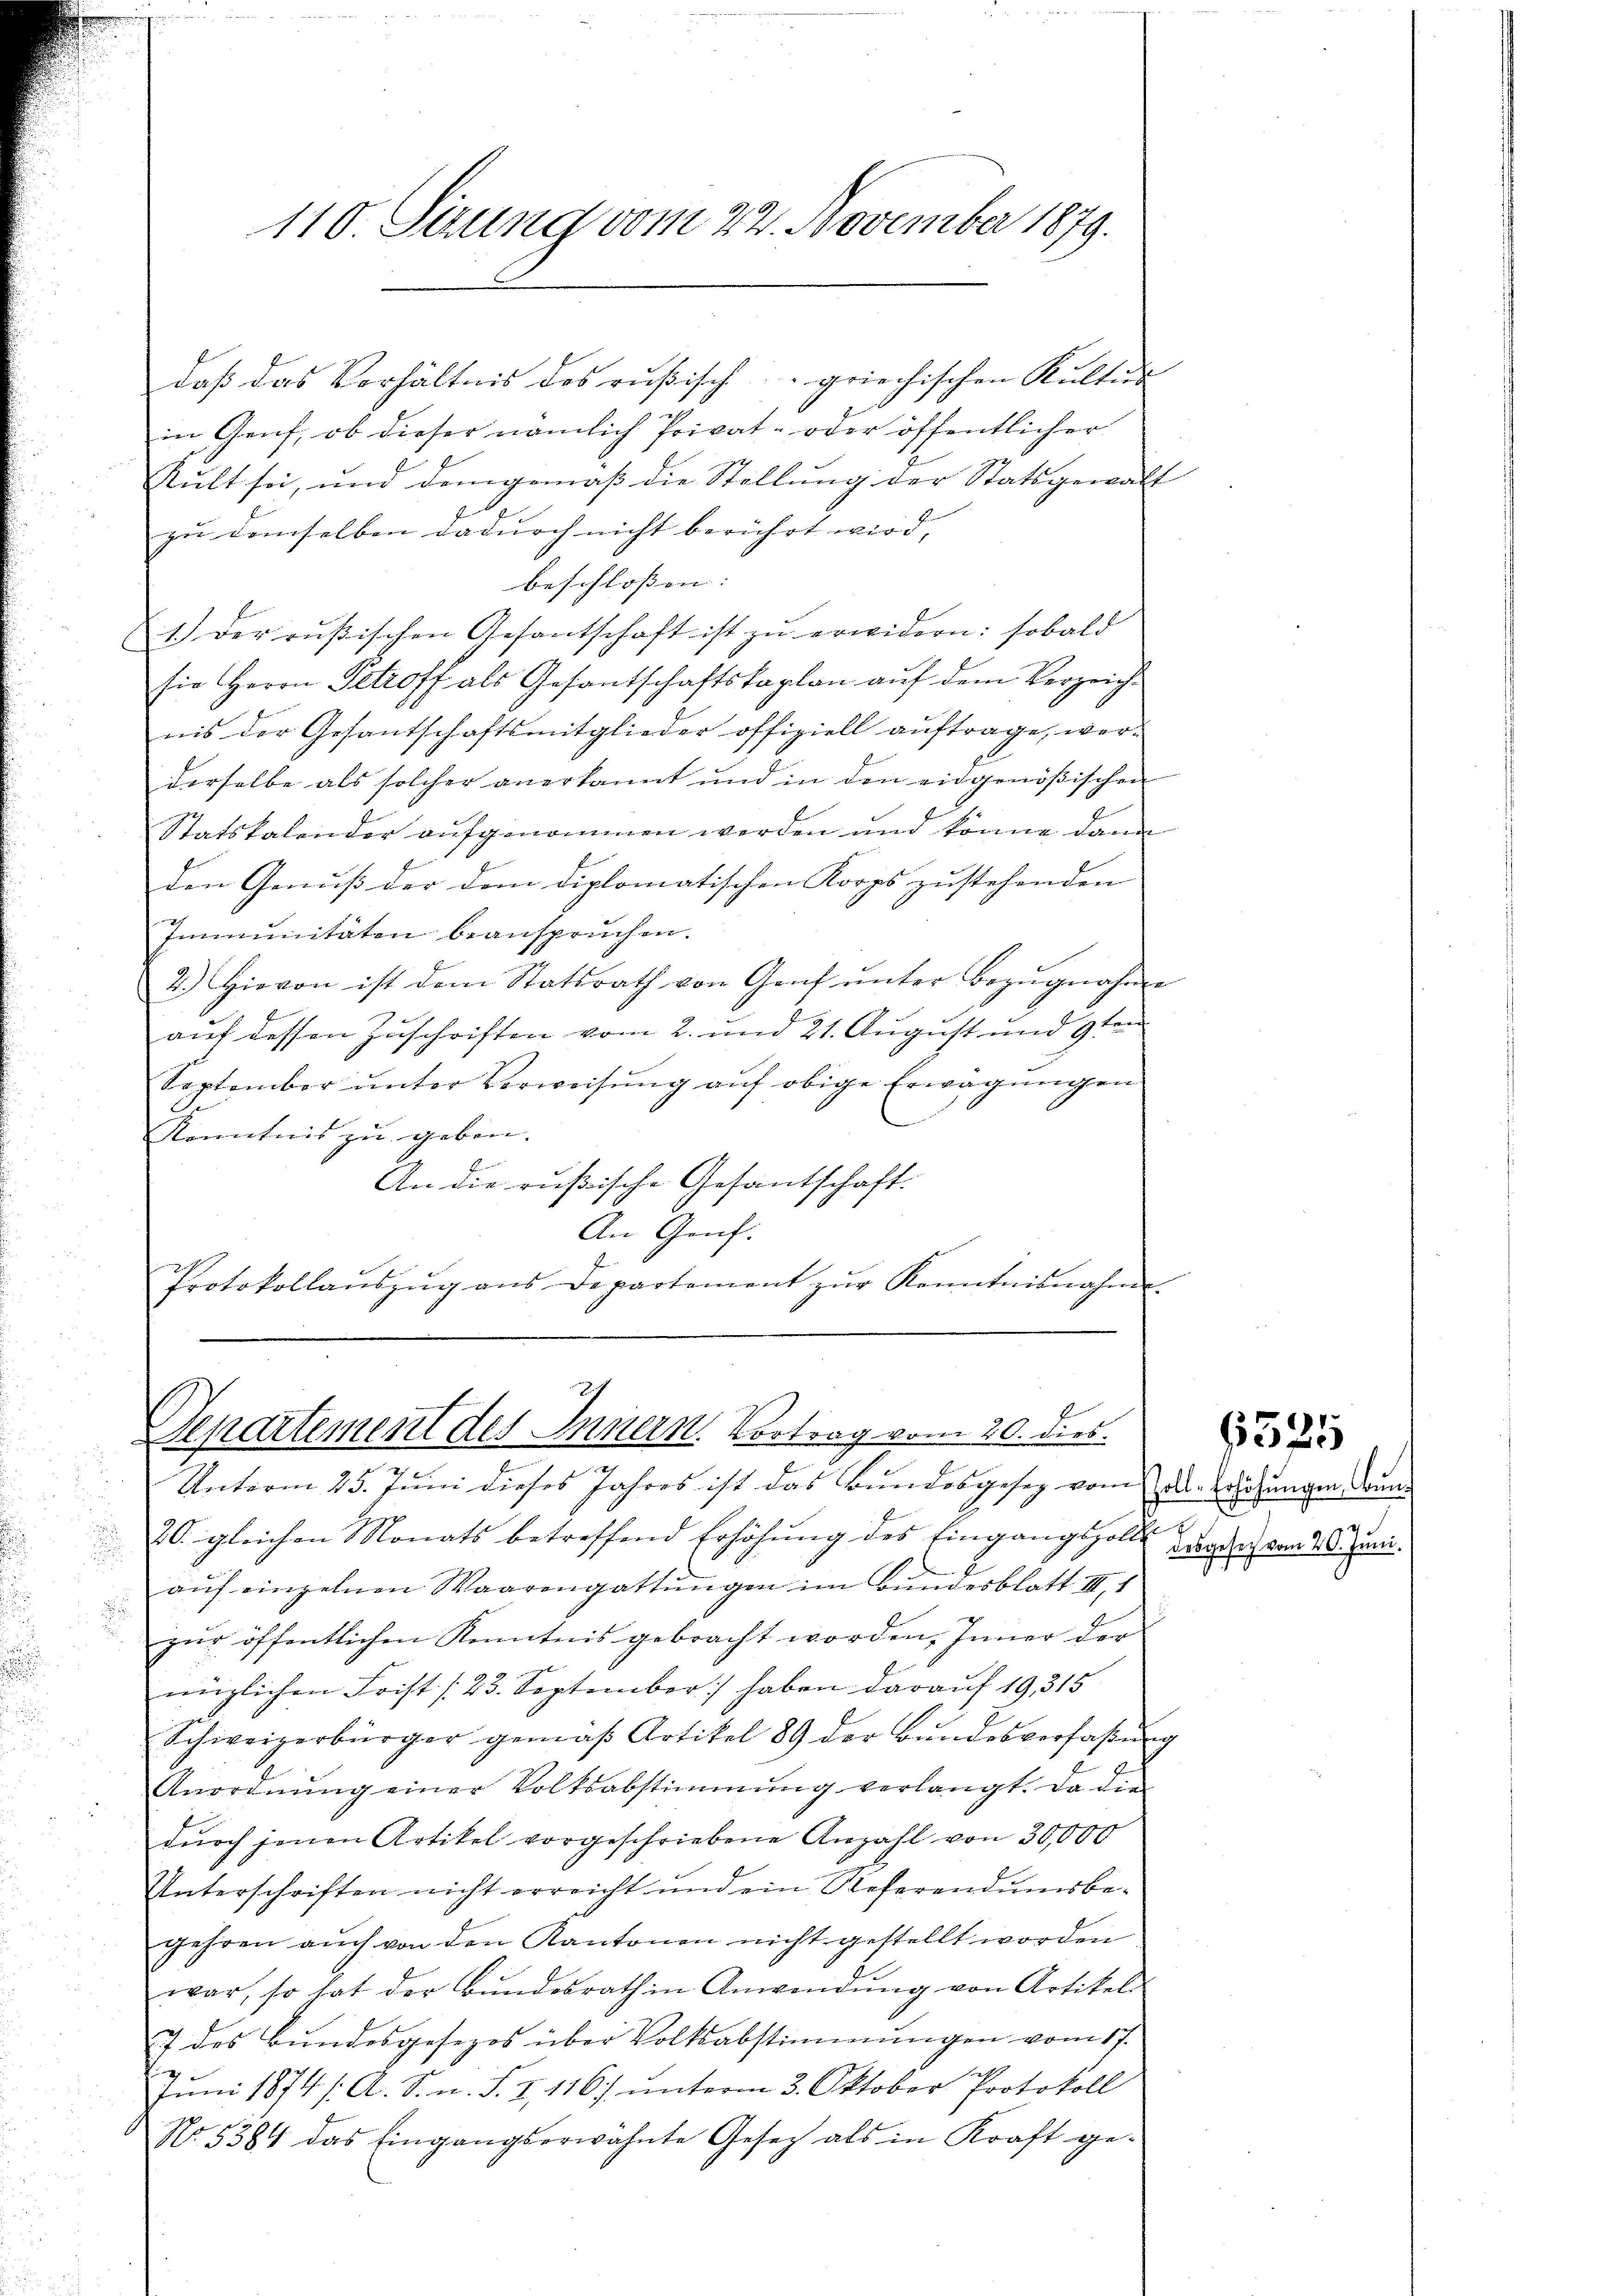
110. Sizung vom 22. November 1879.

in Graf, ob dieser nämlich Privat- oder öffentlicher
Sult sei, und demgemäß die Stellung der Statsgewalt
zu demselben dadurch nicht berührt wird,
beschloßen:
1.) Der rŭβischen Gesantschaft ist zŭ erwidern: sobald
sie Herrn Petroff als Gesantschaftskaplan aŭf dem Verzeichnis der Gesantschaftsmitglieder offiziell auftrage, wer-
derselbe als solcher anerkannt und in den eidgenößischen
Statskalender aufgenommen werden und könne dann
den Genuß der dem diplomatischen Korps zustehenden
Immunitäten beanspruchen.
2.) Hievon ist dem Statsrath von Genf ŭnter Bezŭgnahm
auf dessen Zuschriften vom 2. und 21. August und 9ten
September unter Verweisung auf obige Erwägungen
Kenntnis zu geben. |
An die rußische Gesantschaft.
An Gruf.
Protokollaŭszŭg ans Departement zŭr Kenntnisnahme.

daß das Verhältnis des rußisch - griechischen Kultur

Departement des Innern. Vortrag vom 20. dies
u

Unterm 25. Jŭni dieses Jahres ist das Bundesgesez vom des Erhöhungen konn
20. gleichen Monats betreffend Erhöhung des Eingangspolte
aŭf einzelnen Waarengattŭngen im Bŭndesblatt III 1
zur öffentlichen Kenntnis gebracht worden, Inner der
nüglichen Frist (23. September haben darauf 19, 315
Schweizerbürger gemäß Artikel 89 der Bŭndesverfassŭng
Anordnung einer Volksabstimmung verlangt. Da die
durch jenen Artikel vorgeschriebene Anzahl von 30,000
Unterschriften nicht erreicht und ein Referendumsbe-
gehren auch von den Kantonen nicht gestellt worden
war, so hat der Bŭndesrath in Anwendŭng von Artikel
7 des Bundesgesezes über Volksabstimmungen vom 17.
x
Juni 1874 /. A. S. n. F. I. 116) ŭnterm 3. Oktober Protokoll
No. 5384 das Eingangserwähnte Gesetz als in Kraft ge-

c

t

6535

desgesuch vom 20. Juni.